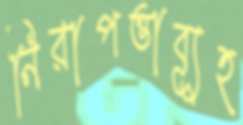
নিরাপত্তাব্যূহ